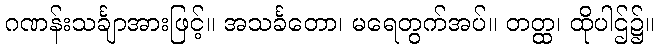
ဂဏန်းသင်္ချာအားဖြင့်။ အသင်္ခတော၊ မရေတွက်အပ်။ တတ္ထ၊ ထိုပါဌ်၌။